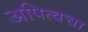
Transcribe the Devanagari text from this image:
अपित्वचा